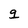
Character: g